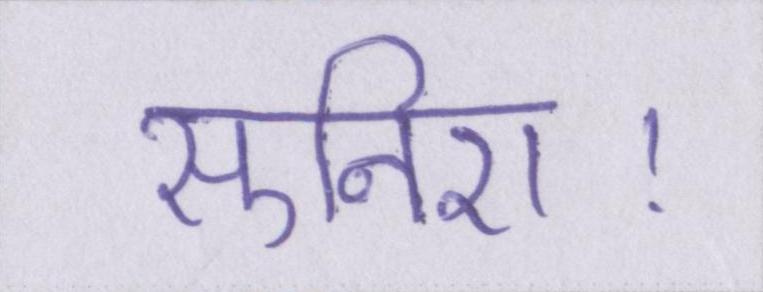
सुनिए।